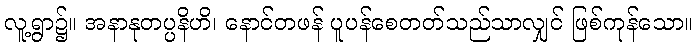
လူ့ရွာ၌။ အနာနုတပ္ပနိဟိ၊ နောင်တဖန် ပူပန်စေတတ်သည်သာလျှင် ဖြစ်ကုန်သော။